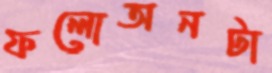
ফলোঅনটা